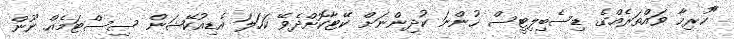
"ހުރިހާ ވައްތަރެއްގެ ޑިސެބިލިޓީސް ހުންނަ ކުދިންނަށް ކޭޓާކޮށްދެވޭ ކަހަލަ އެޑިއުކޭޝަން ސިސްޓަމެއް ނޫން